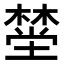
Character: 𪳯